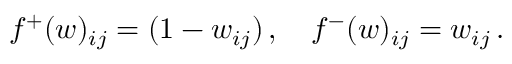
f ^ { + } ( w ) _ { i j } = ( 1 - w _ { i j } ) \, , \quad f ^ { - } ( w ) _ { i j } = w _ { i j } \, .